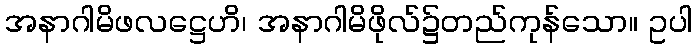
အနာဂါမိဖလဋ္ဌေဟိ၊ အနာဂါမိဖိုလ်၌တည်ကုန်သော။ ဥပါ